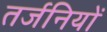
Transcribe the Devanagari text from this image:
तर्जनियों